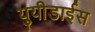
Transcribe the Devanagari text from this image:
युयीडाईस